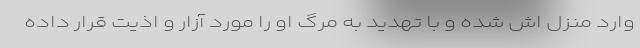
وارد منزل اش شده و با تهدید به مرگ او را مورد آزار و اذیت قرار داده